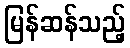
မြန်ဆန်သည့်